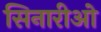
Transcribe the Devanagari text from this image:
सिनारीओ